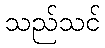
သည်သင်